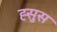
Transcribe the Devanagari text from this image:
ह्सुस